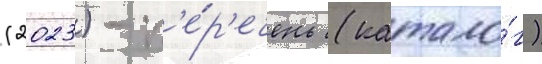
(2023) - п'е́р'ечень (катало́г)